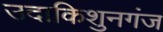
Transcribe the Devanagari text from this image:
उदाकिशुनगंज